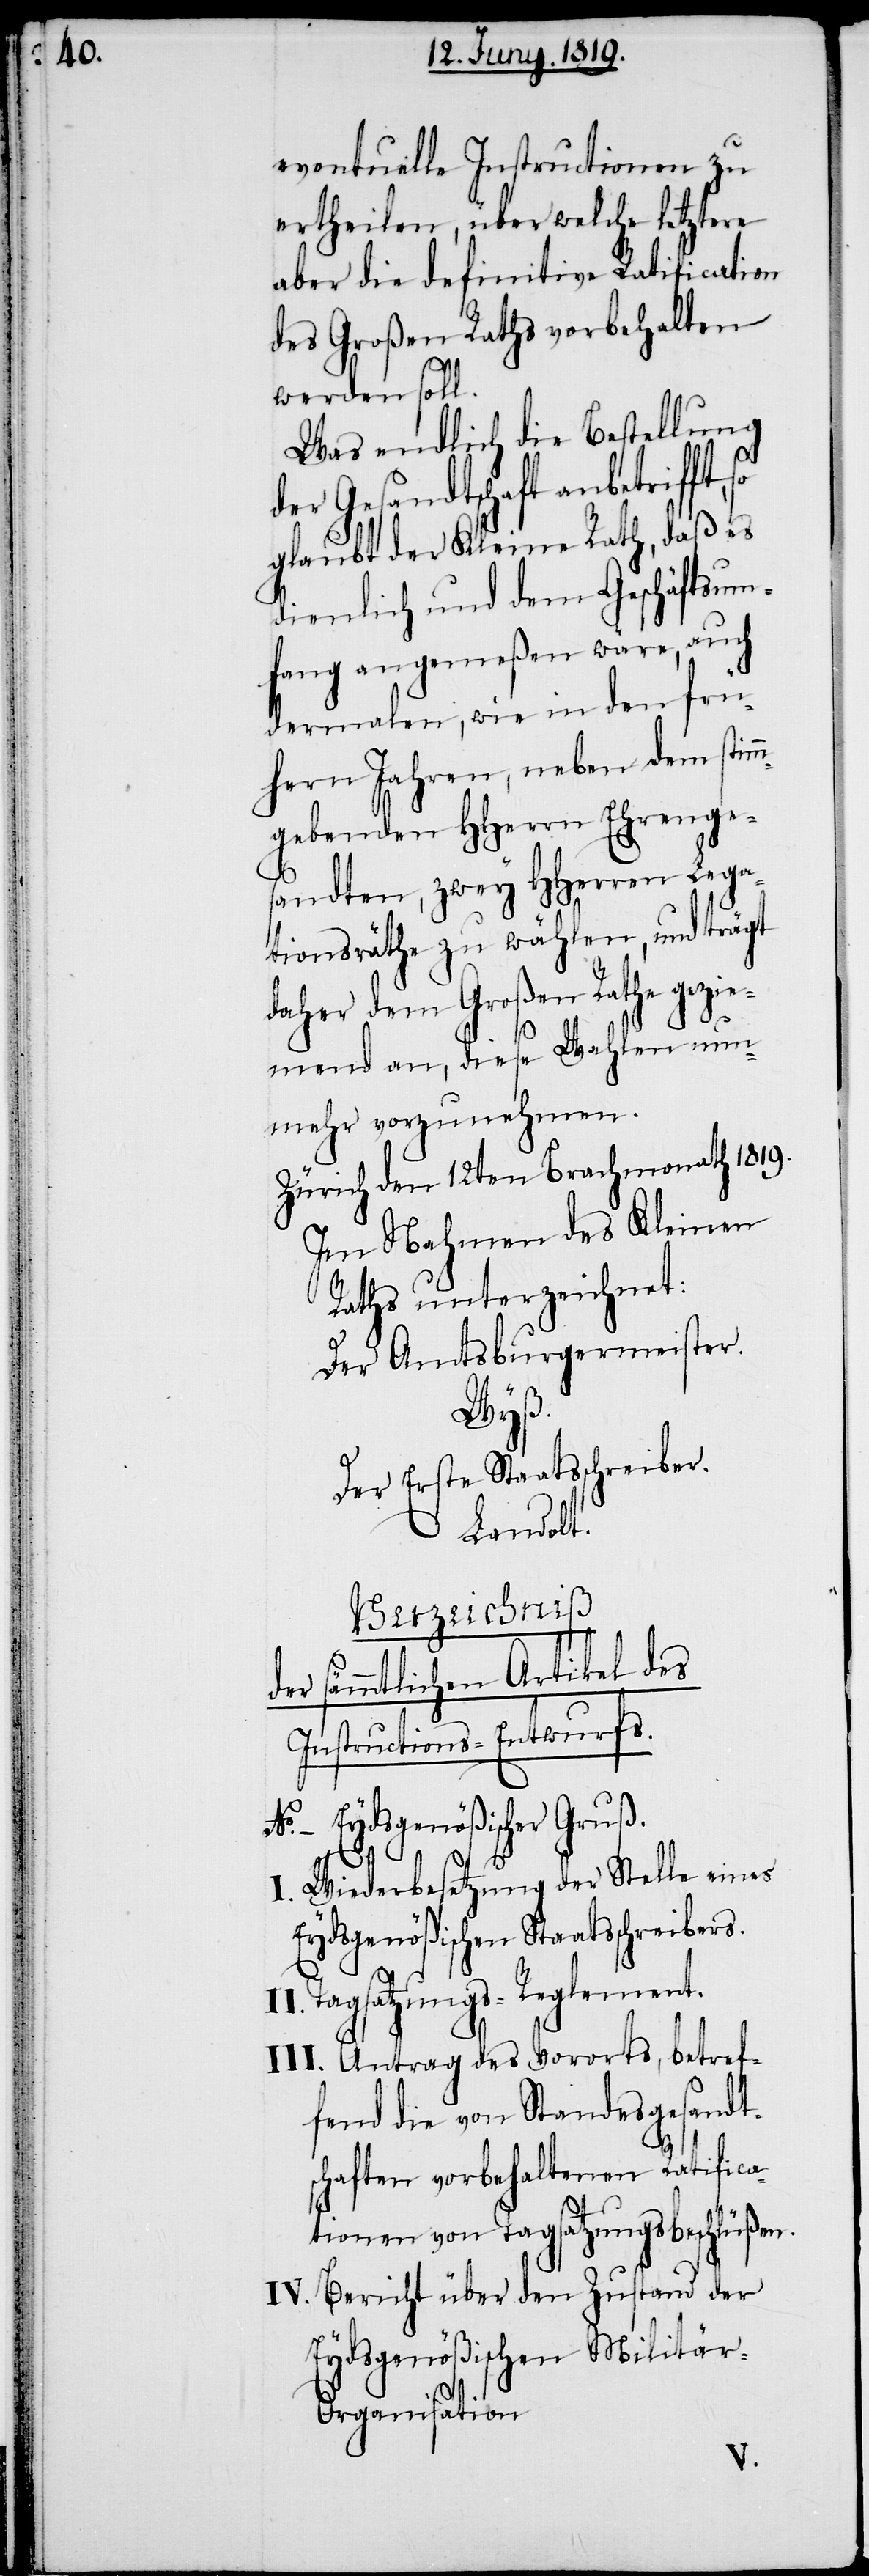
eventuelle Instructionen zu
ertheilen, über welche letztere
aber die definitive Ratification
des Großen Raths vorbehalten
werden soll.
Was endlich die Bestellung
der Gesandtschaft anbetrifft,
glaubt der Kleine Rath, daß es
dienlich und dem Geschäftsum¬
fang angemeßen wäre, auch
dermalen, wie in den frü¬
hern Jahren, neben dem stim¬
mgebenden HHerrn Ehrenges¬
andten, zwey HHerren Lega¬
tionsräthe zu wählen, und trägt
daher dem Großen Rathe gezie¬
mend an, diese Wahlen nun¬
mehr vorzunehmen.
Zürich den 12ten Brachmonath 1819.
Im Nahmen des Kleinen
Raths unterzeichnet:
Der Amtsburgermeister.
Wyß.
Der Erster Staatssprecher.
Landolt.
Verzeichniß
Instructions-Entwurfs.
No. – Eydsgenößischer Gruß.
I. Wiederbesetzung der Stelle eines
Eydsgenößischen Staatsschreiber.
Tagsatzungs-Reglement.
III. Antrag des Vororts, betref¬
fend die von Standesgesandt¬
schaften vorbehaltenen Ratifica¬
tionen von Tagsatzungsbeschlüßen.
IV. Bericht über den Zustand der
Eydsgenößischen Militär-O¬
rganisation